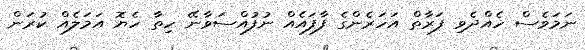
ނަމަވެސް ހެއްދެވި ފަރާތް އަހަރެންގެ ފާފައެއް ނުފުއްސަވާނޭ ހިތާ ހެޔޮ އަމަލެއް ކުރަން